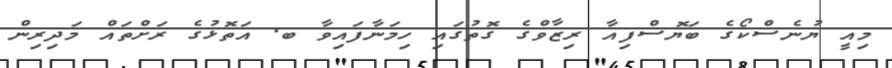
މިއީ ޔުނެސްކޯގެ ބަޔޮސްފިއާ ރިޒާވްގެ ގޮތުގައި ހިމަނާފައިވާ ބ. އަތޮޅުގެ ރަށްތައް މަދިރިން